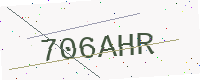
Text: 706AHR